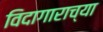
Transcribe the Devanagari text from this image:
विदागाराच्या